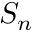
S _ { n }